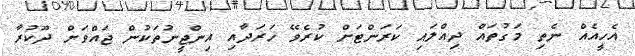
އެހީއެއް ނެތި މަގުތައް ދިއްލައި ކަރަންޓަށް ކުރެވޭ ޚަރަދާއި އިންޖީނުތަކުން ޖައްވަށް ދޫކުރާ